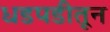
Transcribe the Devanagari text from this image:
धडपडीतून